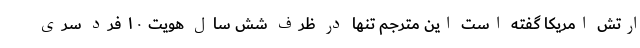
ارتش امریکا گفته است این مترجم تنها در ظرف شش سال هویت ۱۰ فرد سری